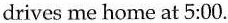
drives me home at 5:00.